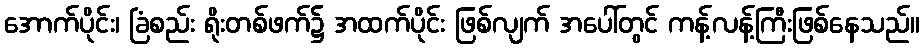
အောက်ပိုင်း၊ ခြံစည်း ရိုးတစ်ဖက်၌ အထက်ပိုင်း ဖြစ်လျက် အပေါ်တွင် ကန့်လန့်ကြီးဖြစ်နေသည်။